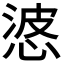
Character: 𭝙